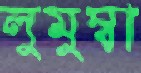
লুমুম্বা